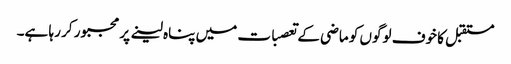
مستقبل کا خوف لوگوں کو ماضی کے تعصبات میں پناہ لینے پر مجبور کر رہا ہے۔